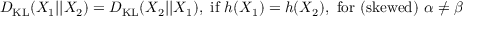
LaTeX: D _ { \mathrm { K L } } ( X _ { 1 } | | X _ { 2 } ) = D _ { \mathrm { K L } } ( X _ { 2 } | | X _ { 1 } ) , { \mathrm { ~ i f ~ } } h ( X _ { 1 } ) = h ( X _ { 2 } ) { \mathrm { , ~ f o r ~ ( s k e w e d ) ~ } } \alpha \neq \beta